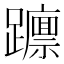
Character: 𮜥